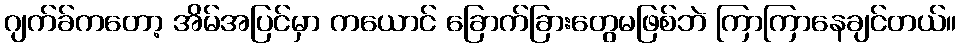
ဂျက်ခ်ကတော့ အိမ်အပြင်မှာ ကယောင် ခြောက်ခြားတွေမဖြစ်ဘဲ ကြာကြာနေချင်တယ်။